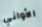
الأواني